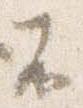
不